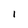
Character: l